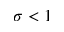
\sigma < 1